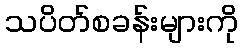
သပိတ်စခန်းများကို